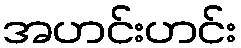
အဟင်းဟင်း